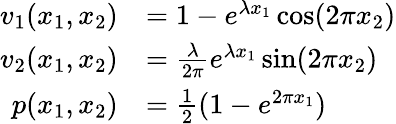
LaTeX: \begin{array}{rl}{v_{1}(x_{1},x_{2})}&{=1-e^{\lambda x_{1}}\cos(2\pi x_{2})}\\ {v_{2}(x_{1},x_{2})}&{=\frac{\lambda}{2\pi}e^{\lambda x_{1}}\sin(2\pi x_{2})}\\ {p(x_{1},x_{2})}&{=\frac{1}{2}(1-e^{2\pi x_{1}})}\end{array}